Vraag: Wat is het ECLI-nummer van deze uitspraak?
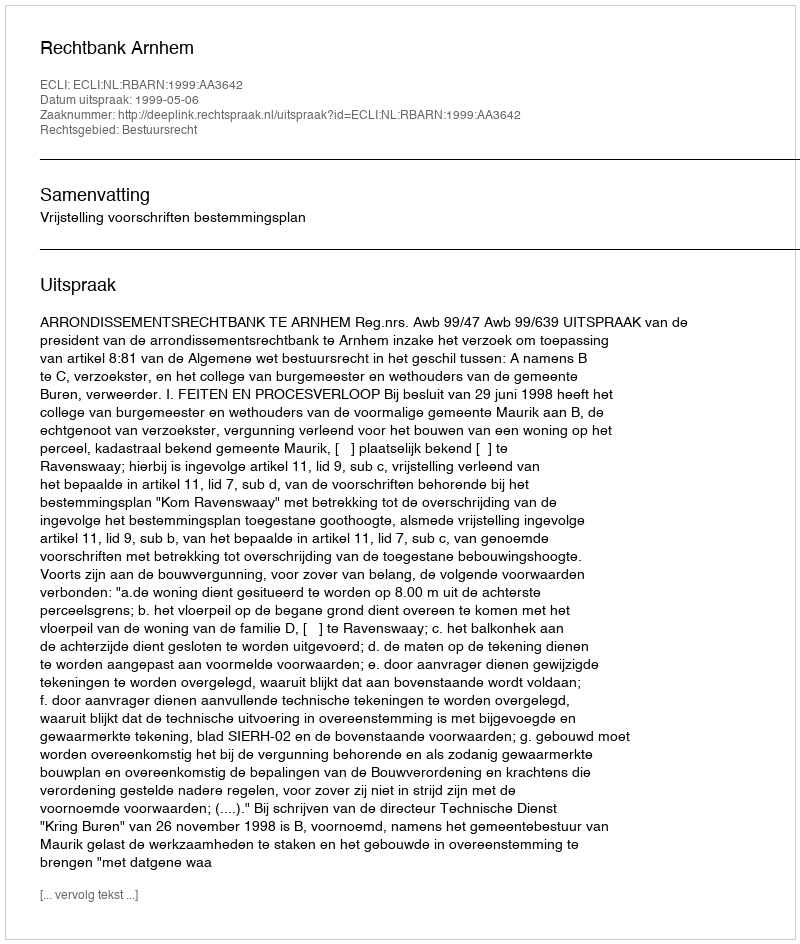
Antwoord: ECLI:NL:RBARN:1999:AA3642